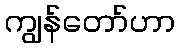
ကျွန်တော်ဟာ